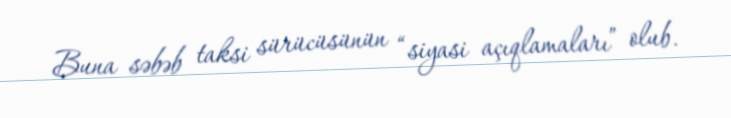
Buna səbəb taksi sürücüsünün “siyasi açıqlamaları” olub.